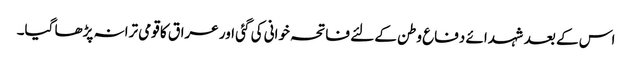
اس کے بعد شہدائے دفاع وطن کے لئے فاتحہ خوانی کی گئی اور عراق کا قومی ترانہ پڑھا گیا۔